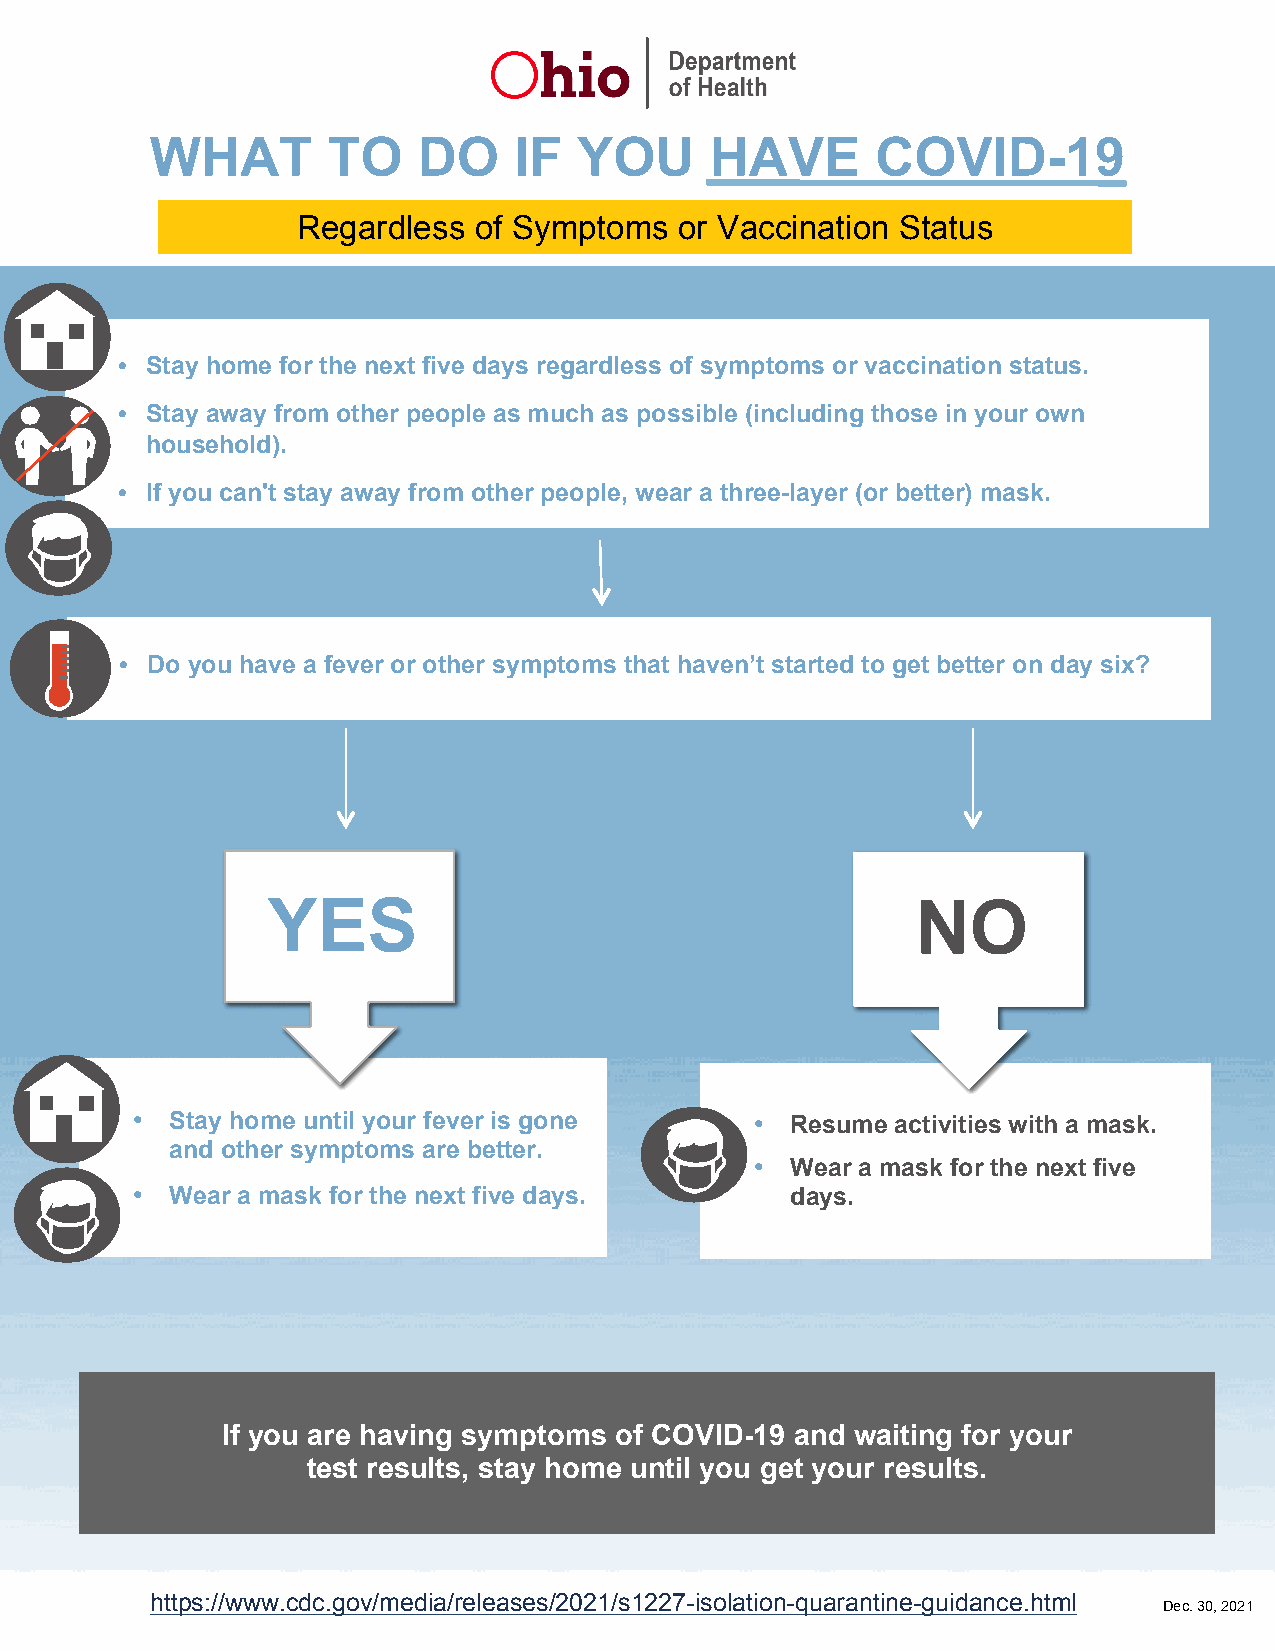
WHAT        TO    DO    IF  YOU      HAVE       COVID-19
 Regardless of Symptoms   or Vaccination Status
 • Stay home for the next five days regardless of symptoms or vaccination status.
 • Stay away from other people as much as possible (including those in your own
 household).
 • If you can't stay away from other people, wear a three-layer (or better) mask.
 • Do you have a fever or other symptoms that haven’t started to get better on day six?
 YES                                        NO
 • Stay home until your fever is gone     • Resume activities with a mask.
 and other symptoms are better.
 • Wear a mask for the next five
 • Wear a mask for the next five days.      days.
 If you are having symptoms of COVID-19 and waiting for your
 test results, stay home until you get your results.
 https://www.cdc.gov/media/releases/2021/s1227-isolation-quarantine-guidance.html
 Dec. 30, 2021